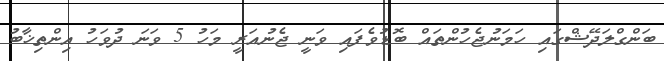
ބަންގްލަދޭޝްގައި ހަމަނުޖެހުންތައް ބޮޑުވެފައި ވަނީ ޖެނުއަރީ މަހު 5 ވަނަ ދުވަހު އިންތިޚާބު